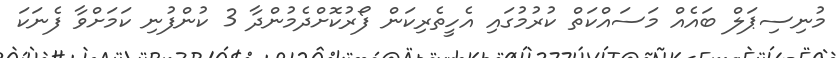
މުނިސިޕަލް ބައެއް މަސައްކަތް ކުރުމުގައި އެހީތެރިކަން ފޯރުކޮށްދެމުންދާ 3 ކުންފުނި ކަމަށްވާ ފެނަކަ